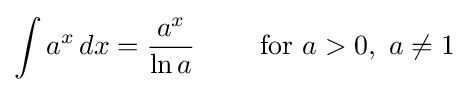
\int a^{x}\,dx={\frac {a^{x}}{\ln a}}\qquad {\text{ for }}a>0,\ a\neq 1